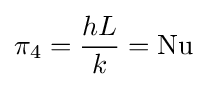
\pi _{4}={\frac {hL}{k}}=\mathrm {Nu}